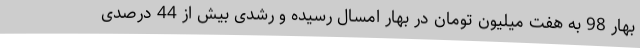
بهار 98 به هفت میلیون تومان در بهار امسال رسیده و رشدی بیش از 44 درصدی